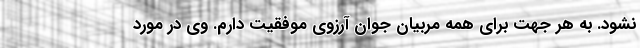
نشود. به هر جهت برای همه مربیان جوان آرزوی موفقیت دارم. وی در مورد